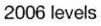
2006 levels